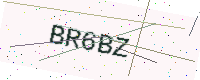
Text: BR6BZ